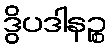
ဒွိပဒါနဉ္စ